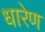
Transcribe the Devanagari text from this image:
धारेण